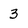
Character: 3